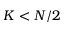
K < N / 2